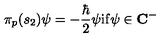
\pi _ { p } ( s _ { 2 } ) \psi = - \frac { \hbar } 2 \psi \mathrm { i } \mathrm { f } \psi \in { \bf C } ^ { - }